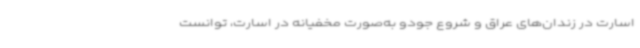
اسارت در زندان‌های عراق و شروع جودو به‌صورت مخفیانه در اسارت، توانست